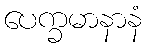
ပေက္ခမာနာနံ